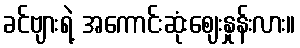
ခင်ဗျားရဲ့ အကောင်းဆုံးဈေးနှုန်းလား။